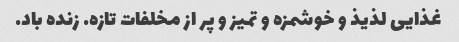
غذایی لذیذ و خوشمزه و تمیز و پر از مخلفات تازه. زنده باد.